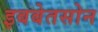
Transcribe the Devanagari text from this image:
इबबेतसोन